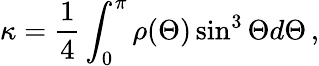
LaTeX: \kappa=\frac{1}{4}\int_{0}^{\pi}\rho(\Theta)\sin^{3}\Theta d\Theta\, ,